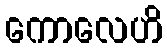
ကောလေဟိ